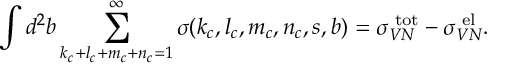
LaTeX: \int d ^ { 2 } b \sum _ { k _ { c } + l _ { c } + m _ { c } + n _ { c } = 1 } ^ { \infty } \sigma ( k _ { c } , l _ { c } , m _ { c } , n _ { c } , s , b ) = \sigma _ { V N } ^ { \mathrm { \scriptsize ~ t o t } } - \sigma _ { V N } ^ { \mathrm { \scriptsize ~ e l } } .